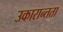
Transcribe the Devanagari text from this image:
उकारान्तता